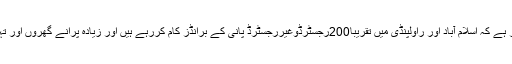
یہاں یہ امر بھی قابل ذکر ہے کہ اسلام آباد اور راولپنڈی میں تقریباً200رجسٹرڈوغیررجسٹرڈ پانی کے برانڈز کام کررہے ہیں اور زیادہ پرانے گھروں اور تہہ خانوں میں موجود ہیں۔